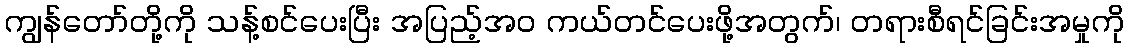
ကျွန်တော်တို့ကို သန့်စင်ပေးပြီး အပြည့်အဝ ကယ်တင်ပေးဖို့အတွက်၊ တရားစီရင်ခြင်းအမှုကို